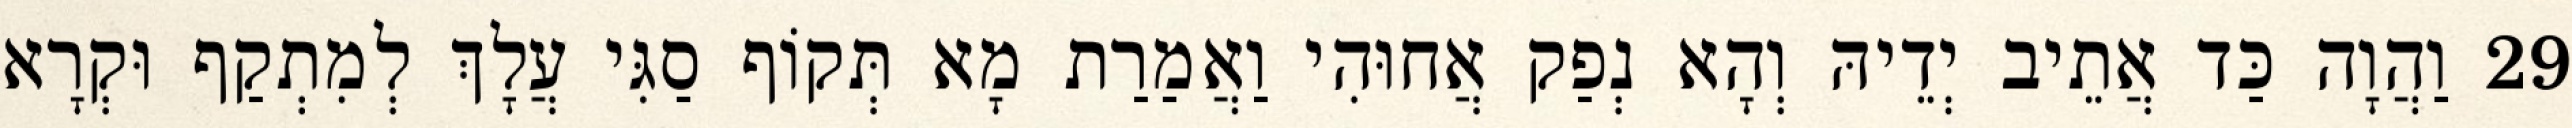
29 וַהֲוָה כַּד אֲתֵיב יְדֵיהּ וְהָא נְפַק אֲחוּהִי וַאֲמַרַת מָא תְּקוֹף סַגִּי עֲלָךְ לְמִתְקַף וּקְרָא